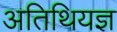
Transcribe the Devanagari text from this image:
अतिथियज्ञ